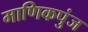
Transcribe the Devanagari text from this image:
माणिकपुंज